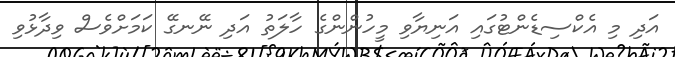
އަދި މި އެކްސިޑެންޓުގައި އަނިޔާވި މީހުންންގެ ހާލަތު އަދި ނޭނގޭ ކަމަށްވެސް ވިދާޅުވި